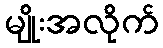
မျိုးအလိုက်